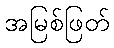
အမြစ်ဖြတ်